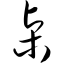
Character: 桌